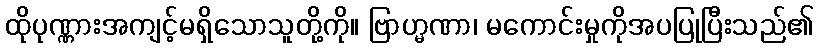
ထိုပုဏ္ဏားအကျင့်မရှိသောသူတို့ကို။ ဗြာဟ္မဏာ၊ မကောင်းမှုကိုအပပြုပြီးသည်၏